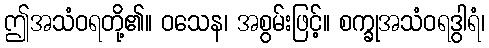
ဤအသံဝရတို့၏။ ဝသေန၊ အစွမ်းဖြင့်။ စက္ခုအသံဝရဒွါရံ၊